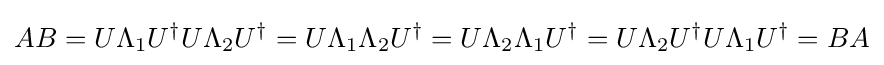
AB=U\Lambda _{1}U^{\dagger }U\Lambda _{2}U^{\dagger }=U\Lambda _{1}\Lambda _{2}U^{\dagger }=U\Lambda _{2}\Lambda _{1}U^{\dagger }=U\Lambda _{2}U^{\dagger }U\Lambda _{1}U^{\dagger }=BA